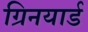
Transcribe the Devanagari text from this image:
ग्रिनयार्ड